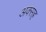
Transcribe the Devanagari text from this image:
अक्सह्र